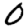
Digit: 0